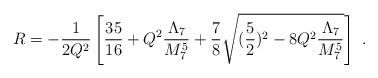
LaTeX: \begin{align*}R= -\frac{1}{2Q^2}\left[ \frac{35}{16} + Q^2\frac{\Lambda_7}{M_7^5} + \frac{7}{8} \sqrt{(\frac{5}{2})^2 - 8 Q^2\frac{\Lambda_7}{M_7^5}}\right]~.\end{align*}